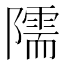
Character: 隭